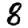
Digit: 8